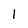
Character: 1